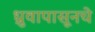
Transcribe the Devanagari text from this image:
ध्रुवापासूनचे